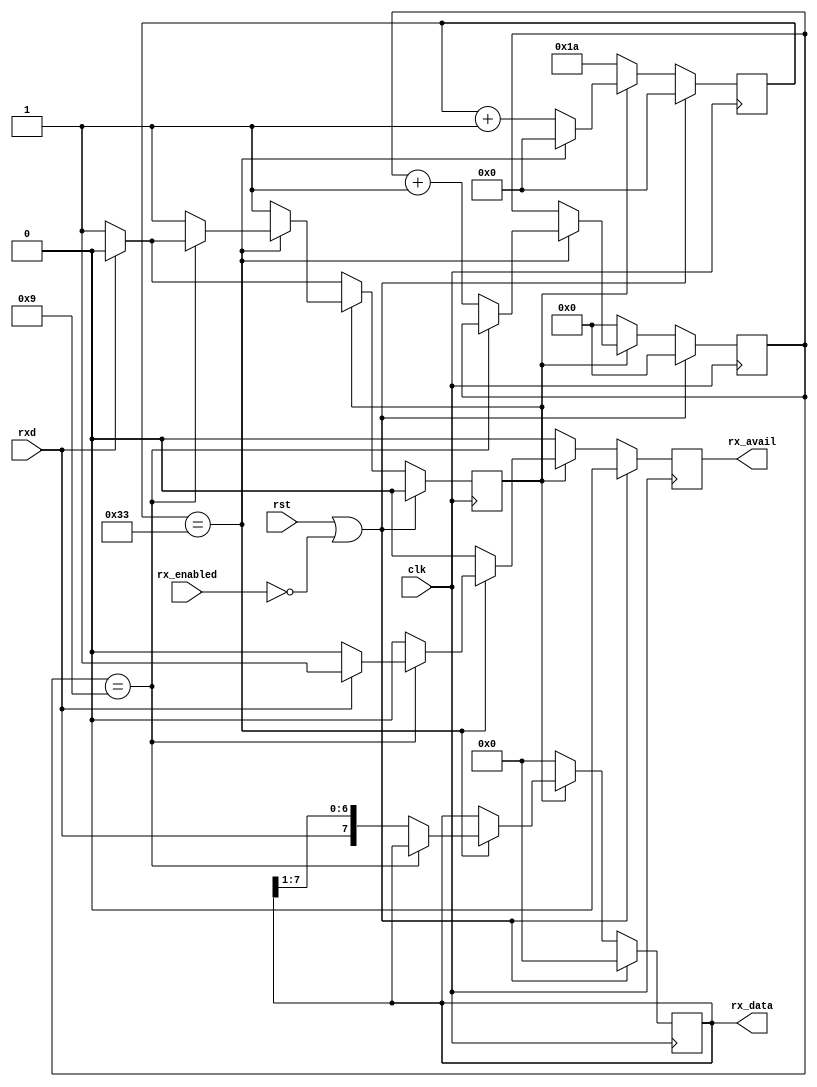
module avr109rx (
		 input rst,
		 input clk,
		 output[7:0] rx_data,
		 output rx_avail,
		 input rxd,
		 input rx_enabled
		 );
   parameter CLK_FREQUENCY = 1000000;
   parameter BAUD_RATE = 19200;

   function integer log2;
      input integer value;
      begin
         value = value-1;
         for (log2=0; value>0; log2=log2+1)
           value = value>>1;
      end
   endfunction

   localparam BAUDDIV = (CLK_FREQUENCY / BAUD_RATE);
   localparam LOG2_BAUDDIV = log2(BAUDDIV);

   reg [7:0] rxshift_d, rxshift_q;
   reg 	     rx_active_d, rx_active_q;
   reg 	     rx_done_d, rx_done_q;
   reg [3:0] rxcnt_d,   rxcnt_q;
   reg [LOG2_BAUDDIV-1:0] rxbaud_d, rxbaud_q;

   assign rx_data = rxshift_q;
   assign rx_avail = rx_done_q;

   always @(*) begin
      rx_active_d = rx_active_q;
      rx_done_d = 1'b0;

      if (rx_active_q) begin
	 rxshift_d = rxshift_q;
	 rxcnt_d = rxcnt_q;
	 if (rxbaud_q == BAUDDIV-1) begin
	    if (rxcnt_q == 9) begin
	       if (rxd) begin
		  rx_active_d = 1'b0;
		  rx_done_d = 1'b1;
	       end
	    end else begin
	       rxshift_d = {rxd, rxshift_q[7:1]};
	       rxcnt_d = rxcnt_q + 1;
	    end
	    rxbaud_d = 0;
	 end else begin
	    rxbaud_d = rxbaud_q + 1;
	 end
      end else begin
	 rxshift_d = {8{1'b0}};
	 rxcnt_d = 0;
	 rxbaud_d = BAUDDIV/2;
	 if (~rxd) begin
	    rx_active_d = 1'b1;
	 end
      end

   end

   always @(posedge clk) begin
      if (rst | ~rx_enabled) begin
	 rxshift_q <= {8{1'b0}};
	 rx_active_q <= 1'b0;
	 rx_done_q <= 1'b0;
	 rxcnt_q <= 0;
	 rxbaud_q <= 0;
      end else begin
	 rxshift_q <= rxshift_d;
	 rx_active_q <= rx_active_d;
	 rx_done_q <= rx_done_d;
	 rxcnt_q <= rxcnt_d;
	 rxbaud_q <= rxbaud_d;
      end
   end

endmodule